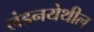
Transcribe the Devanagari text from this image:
लंडनयेथील